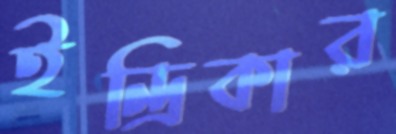
ইন্দ্রিকার